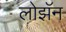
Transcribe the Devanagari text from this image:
लोझॅन